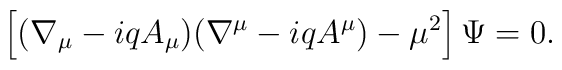
\left[ (\nabla_\mu - i q A_\mu )( \nabla^\mu - i q A^\mu )  - \mu^2 \right] \Psi = 0.